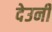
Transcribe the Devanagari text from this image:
देउनी